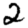
Digit: 2